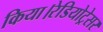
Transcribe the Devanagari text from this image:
किया।रेडियोट्रेसर